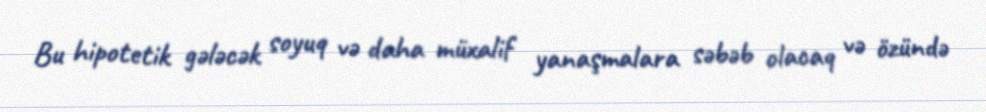
Bu hipotetik gələcək soyuq və daha müxalif yanaşmalara səbəb olacaq və özündə